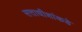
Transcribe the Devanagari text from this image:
सत्ताधीशांकडे